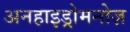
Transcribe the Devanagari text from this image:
अनहाइड्रोमनोज़